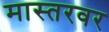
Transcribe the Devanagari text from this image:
मास्तरवर